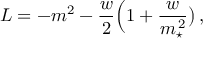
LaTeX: { \cal L } = - m ^ { 2 } - { \frac { w } { 2 } } \Big ( 1 + { \frac { w } { m _ { \star } ^ { \, 2 } } } \big ) \, ,